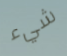
شيء